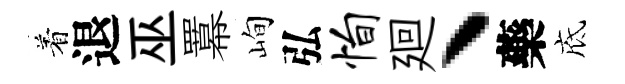
着退巫羃峋弘恂廻丶藥底